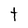
Character: t